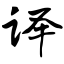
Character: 译